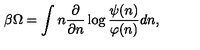
\beta \Omega = \int n \frac { \partial } { \partial n } \log \frac { \psi ( n ) } { \varphi ( n ) } d n ,